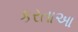
કરતાઆ